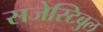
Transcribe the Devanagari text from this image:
सजेस्टिबुल